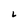
Character: L